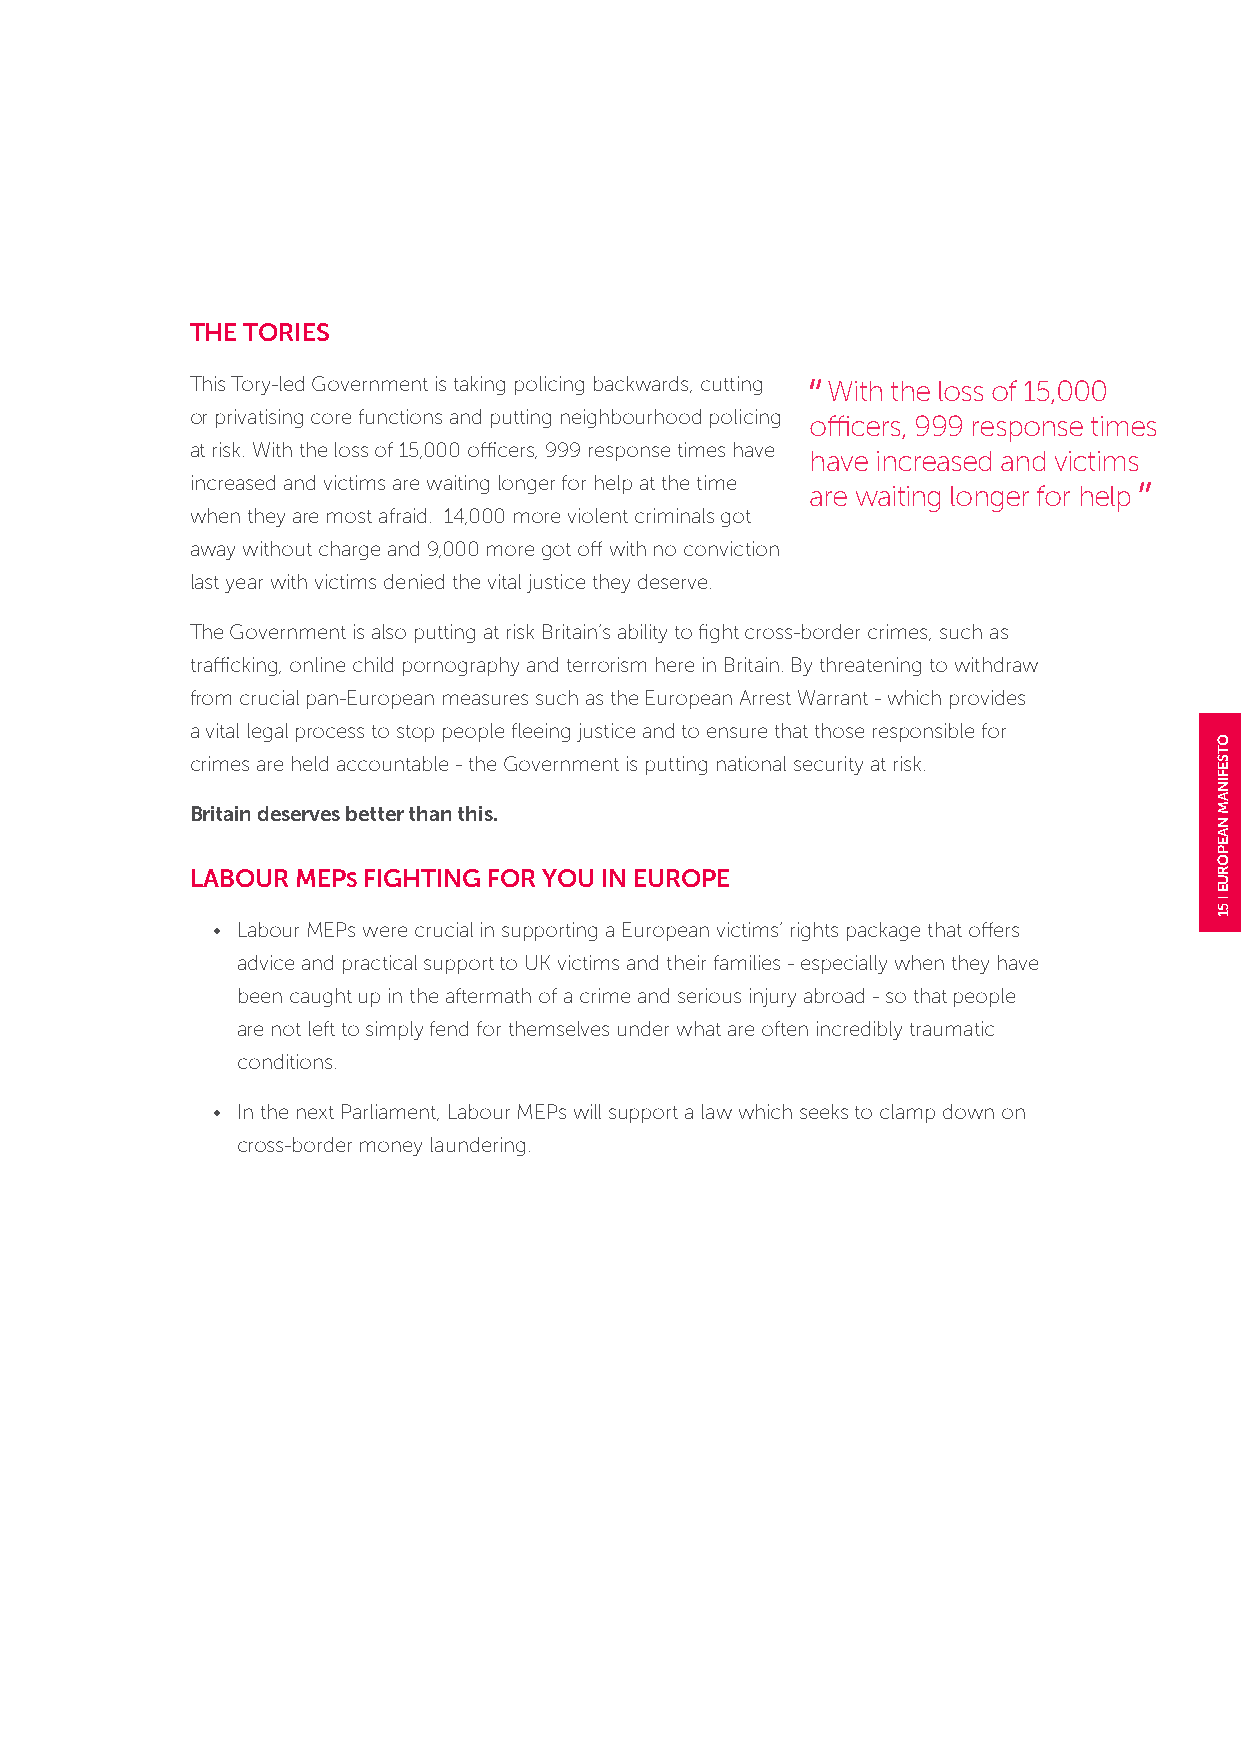
THE TORIES
 This Tory-led Government is taking policing backwards, cutting With the loss of 15,000
 or privatising core functions and putting neighbourhood policing officers, 999 response times
 at risk. With the loss of 15,000 officers, 999 response times have
 have increased and victims
 increased and victims are waiting longer for help at the time
 are waiting longer for help
 when they are most afraid. 14,000 more violent criminals got
 away without charge and 9,000 more got off with no conviction
 last year with victims denied the vital justice they deserve.
 The Government is also putting at risk Britain’s ability to fight cross-border crimes, such as
 trafficking, online child pornography and terrorism here in Britain. By threatening to withdraw
 from crucial pan-European measures such as the European Arrest Warrant - which provides
 a vital legal process to stop people fleeing justice and to ensure that those responsible for
 crimes are held accountable - the Government is putting national security at risk.
 Britain deserves better than this.
 LABOUR MEPS FIGHTING FOR YOU IN EUROPE
 • Labour MEPs were crucial in supporting a European victims’ rights package that offers
 advice and practical support to UK victims and their families - especially when they have
 been caught up in the aftermath of a crime and serious injury abroad - so that people
 are not left to simply fend for themselves under what are often incredibly traumatic
 conditions.
 • In the next Parliament, Labour MEPs will support a law which seeks to clamp down on
 cross-border money laundering.
 OTSEFINAM
 NAEPORUE
 51